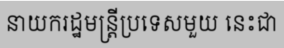
នាយករដ្ឋមន្ត្រីប្រទេសមួយ នេះជា